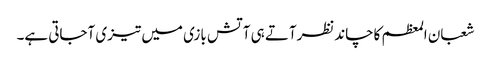
شعبان المعظم کاچاندنظرآتے ہی آتش بازی میں تیزی آجاتی ہے۔